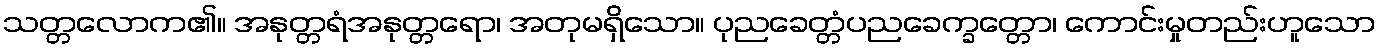
သတ္တလောက၏။ အနုတ္တရံအနုတ္တရော၊ အတုမရှိသော။ ပုညခေတ္တံပညခေက္ခတ္တော၊ ကောင်းမှုတည်းဟူသော